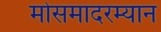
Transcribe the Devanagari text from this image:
मोसमादरम्यान